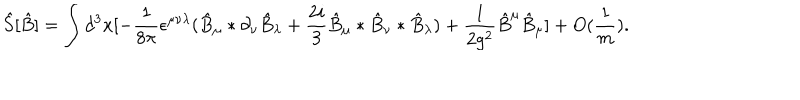
LaTeX: \hat { S } [ \hat { B } ] = \int d ^ { 3 } x [ - \frac { 1 } { 8 \pi } \epsilon ^ { \mu \nu \lambda } ( \hat { B } _ { \mu } * \partial _ { \nu } \hat { B } _ { \lambda } + \frac { 2 i } { 3 } \hat { B } _ { \mu } * \hat { B } _ { \nu } * \hat { B } _ { \lambda } ) + \frac { 1 } { 2 g ^ { 2 } } \hat { B } ^ { \mu } \hat { B } _ { \mu } ] + O ( \frac { 1 } { m } ) .